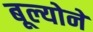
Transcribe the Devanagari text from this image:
बूल्योने